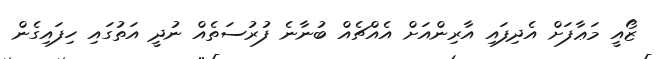
ޒޯއީ މަޢާފަށް އެދިފައި އާރިންއަށް އެއްޗެއް ބުނާނެ ފުރުސަތެއް ނުދީ އަތުގައި ހިފައިގެން